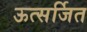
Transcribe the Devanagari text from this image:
ऊत्सर्जित